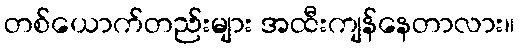
တစ်ယောက်တည်းများ အထီးကျန်နေတာလား။